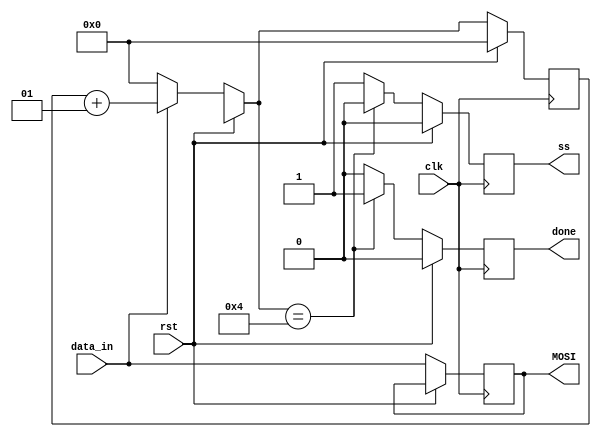
module Master(ss, MOSI, done, data_in, clk, rst);
    output reg ss, MOSI, done;
    input data_in, clk, rst;

    integer count;

    always @ (posedge clk) begin 
        done = 0;
        if (rst != 1) begin 
            ss = 1;
            if (ss == 1) begin 
                MOSI = data_in;
                if (data_in == 1) begin 
                    count = count + 1;
                end
                else if (data_in == 0) begin
                    count = 0; 
                end
                if (count == 4) begin 
                    ss <= 0;
                    done <= 1;
                end
            end
        end
        else begin
            done <= 0;
            ss <= 0;
            count <= 0;
        end
    end
endmodule